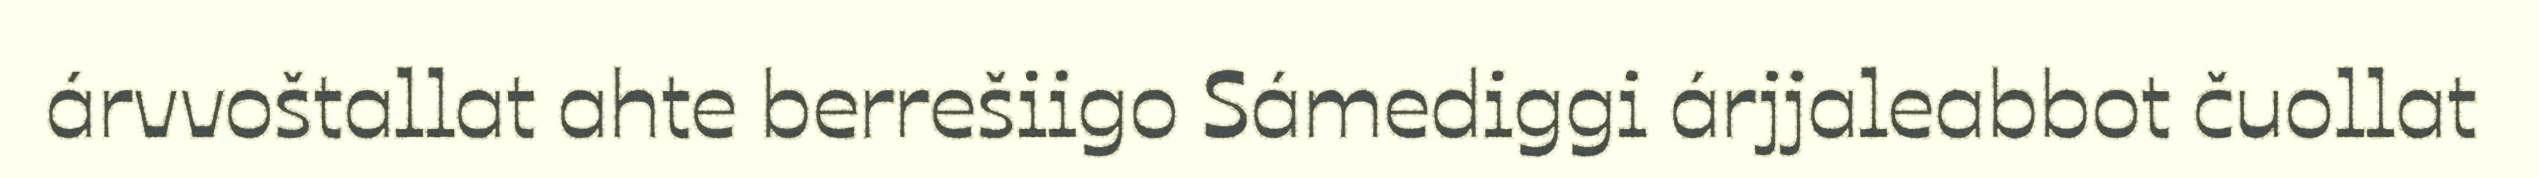
árvvoštallat ahte berrešiigo Sámediggi árjjaleabbot čuollat